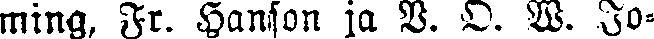
ming, Fr. Hanson ja V. O. W. Jo-